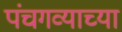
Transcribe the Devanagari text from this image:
पंचगव्याच्या